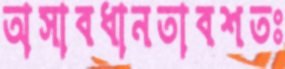
অসাবধানতাবশতঃ